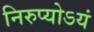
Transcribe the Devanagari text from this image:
निरुप्योऽयं